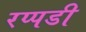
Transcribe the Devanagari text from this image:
रप्पडी